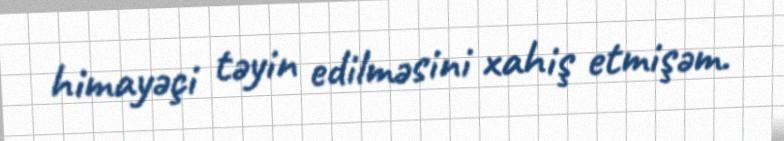
himayəçi təyin edilməsini xahiş etmişəm.